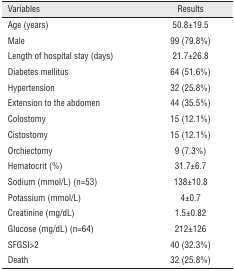
<table><thead><tr><td><b>Variables</b></td><td><b>Results</b></td></tr></thead><tbody><tr><td>Age (years)</td><td>50.8±19.5</td></tr><tr><td>Male</td><td>99 (79.8%)</td></tr><tr><td>Length of hospital stay (days)</td><td>21.7±26.8</td></tr><tr><td>Diabetes mellitus</td><td>64 (51.6%)</td></tr><tr><td>Hypertension</td><td>32 (25.8%)</td></tr><tr><td>Extension to the abdomen</td><td>44 (35.5%)</td></tr><tr><td>Colostomy</td><td>15 (12.1%)</td></tr><tr><td>Cistostomy</td><td>15 (12.1%)</td></tr><tr><td>Orchiectomy</td><td>9 (7.3%)</td></tr><tr><td>Hematocrit (%)</td><td>31.7±6.7</td></tr><tr><td>Sodium (mmol/L) (n=53)</td><td>138±10.8</td></tr><tr><td>Potassium (mmol/L)</td><td>4±0.7</td></tr><tr><td>Creatinine (mg/dL)</td><td>1.5±0.82</td></tr><tr><td>Glucose (mg/dL) (n=64)</td><td>212±126</td></tr><tr><td>SFGSI&gt;2</td><td>40 (32.3%)</td></tr><tr><td>Death</td><td>32 (25.8%)</td></tr></tbody></table>